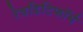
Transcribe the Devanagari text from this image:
रेवडिटिफॉर्म